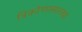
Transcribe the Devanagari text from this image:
त्रिकोणासारखा